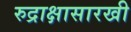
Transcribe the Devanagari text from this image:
रुद्राक्षासारखी